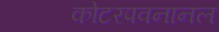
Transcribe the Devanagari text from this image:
कोटरपवनानल